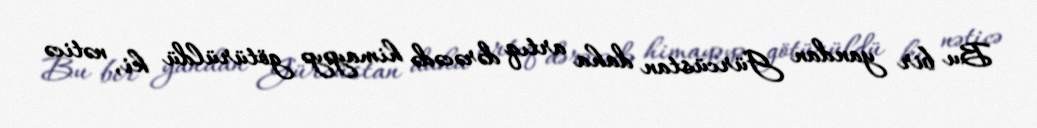
Bu bir yandan Gürcüstan daha artıq dərəcədə himayəyə götürüldü ki, nəticə